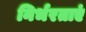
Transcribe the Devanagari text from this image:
निर्भरताएं